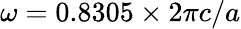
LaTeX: \omega=0.8305\times 2\pi c/a